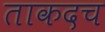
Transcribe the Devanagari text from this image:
ताकदच